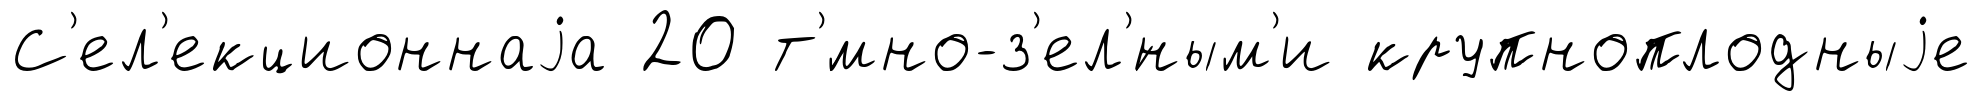
С'ел'екционнаjа 20 т'́мно-з'ел'́ным'и крупноплодныjе